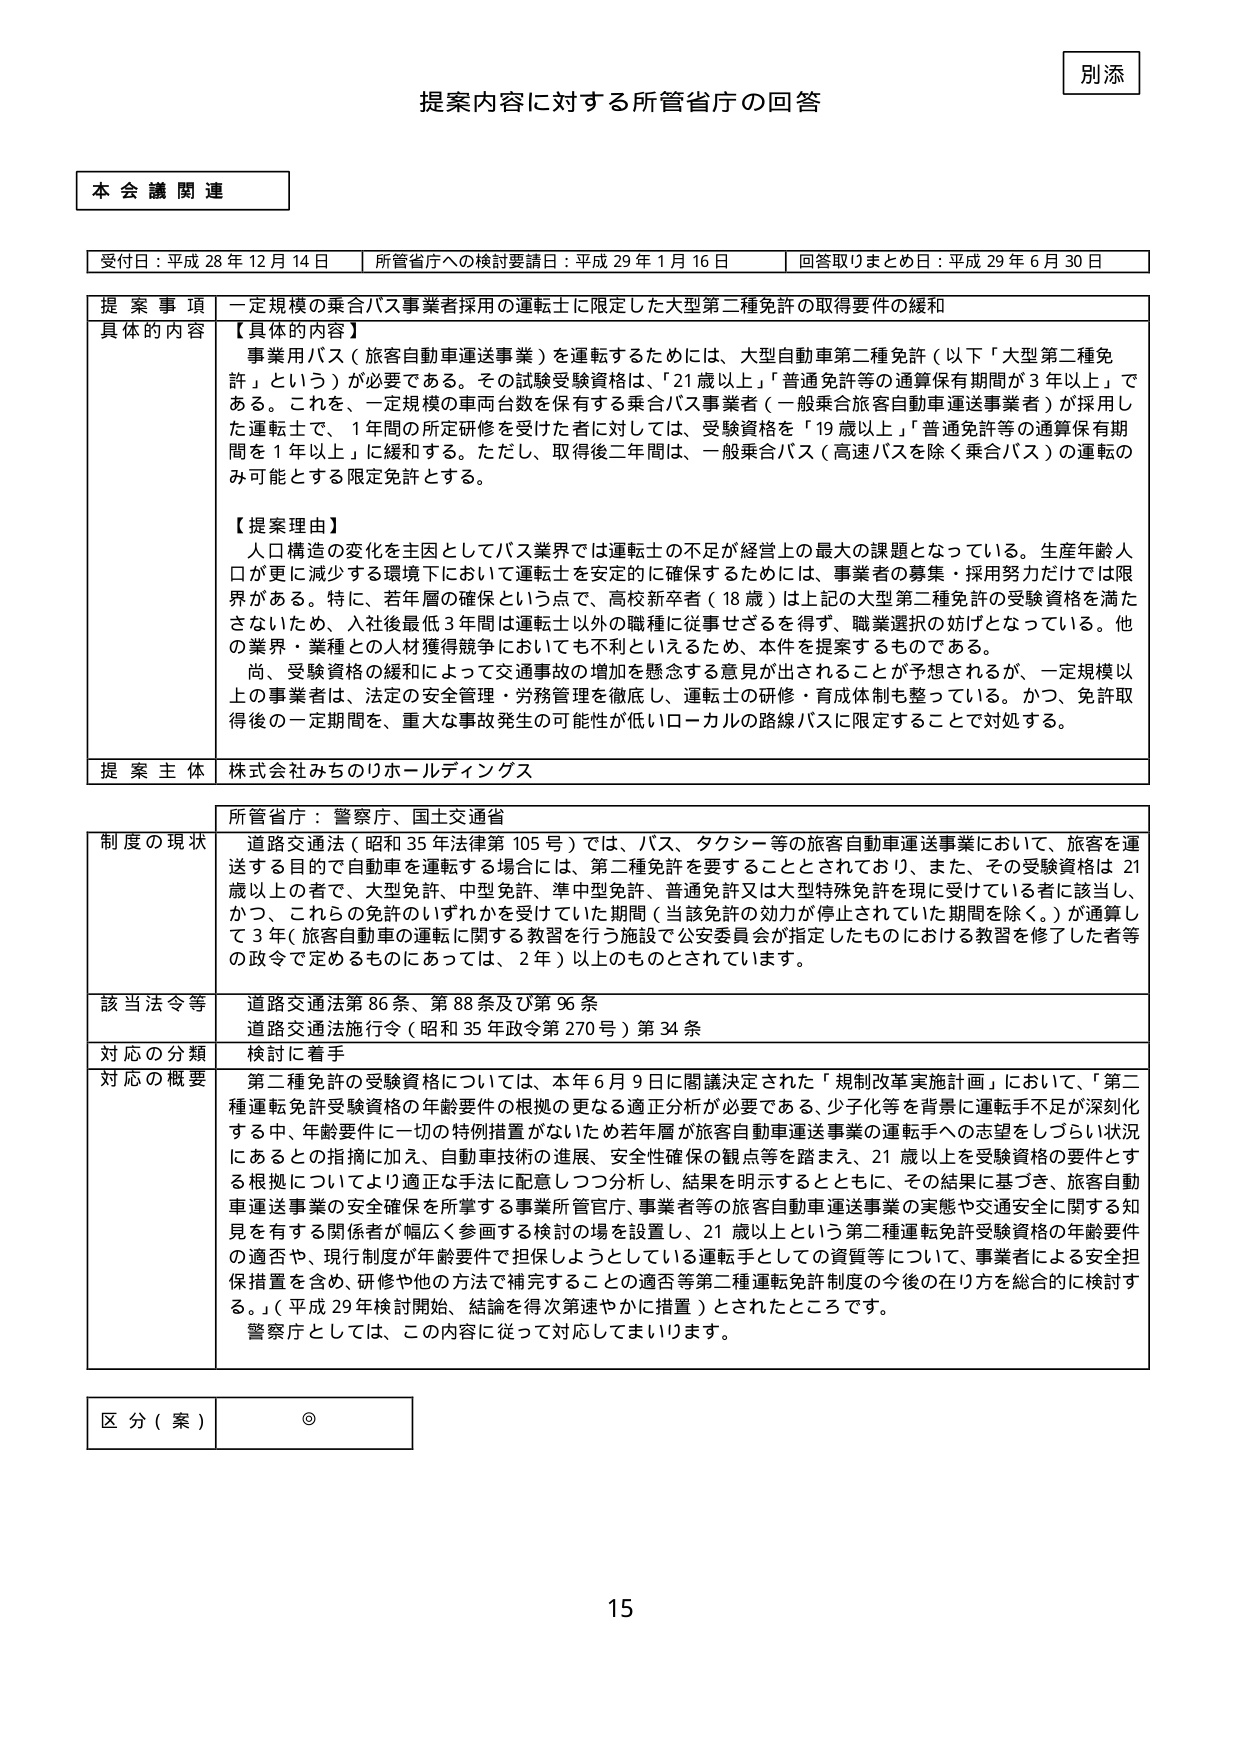
別添

提案内容に対する所管省庁の回答

本会議関連

受付日：平成28年12月14日　　所管省庁への検討要請日：平成29年1月16日　　回答取りまとめ日：平成29年6月30日

提案事項　一定規模の乗合バス事業者採用の運転士に限定した大型第二種免許の取得要件の緩和

具体的な内容　【具体的内容】
事業用バス（旅客自動車運送事業）を運転するためには、大型自動車第二種免許（以下「大型第二種免許」という）が必要である。その試験受験資格は、「21歳以上」「普通免許等の通算保有期間が3年以上」である。これを、一定規模の車両台数を保有する乗合バス事業者（一般乗合旅客自動車運送事業者）が採用した運転士で、1年間の所定研修を受けた者に対しては、受験資格を「19歳以上」「普通免許等の通算保有期間を1年以上」に緩和する。ただし、取得後二年間は、一般乗合バス（高速バスを除く乗合バス）の運転のみ可能とする限定免許とする。

【提案理由】
人口構造の変化を主因としてバス業界では運転士の不足が経営上の最大の課題となっている。生産年齢人口が更に減少する環境下において運転士を安定的に確保するために、事業者の募集・採用努力だけでは限界がある。特に、若年層の確保という点で、高校新卒者（18歳）は上記の大型第二種免許の受験資格を満たさないため、入社後最低3年間は運転士以外の職種に従事せざるを得ず、職業選択の妨げとなっている。他の業界・業種との人材獲得競争においても不利といえるため、本件を提案するものである。
尚、受験資格の緩和によって交通事故の増加を懸念する意見が出されることは予想されるが、一定規模以上の事業者は、法定の安全管理・労務管理を徹底し、運転士の研修・育成体制も整えている。かつ、免許取得後の一定期間を、重大な事故発生の可能性が低いローカルの路線バスに限定することで対処する。

提案主体　株式会社みちのりホールディングス

所管省庁：警察庁、国土交通省

制度の現状　道路交通法（昭和35年法律第105号）では、バス、タクシー等の旅客自動車運送事業において、旅客を運送する目的で自動車を運転する場合には、第二種免許を要することとされており、また、その受験資格は21歳以上の場合で、大型免許、中型免許、準中型免許、普通免許又は大型特殊免許を現に受けている者に該当しがつ、これらの免許のいずれかを受けていた期間（当該免許の効力が停止されていた期間を除く。）が通算して3年（旅客自動車の運転に関する教習を行う施設で公安委員会が指定したものにおける教習を修了した者等の政令で定めるものにあっては、2年）以上なものとされています。

該当法令等　道路交通法第86条、第88条及び第96条
道路交通法施行令（昭和35年政令第270号）第34条

対応の分類　検討に着手

対応の概要　第二種免許の受験資格については、本年6月9日に閣議決定された「規制改革実施計画」において、「第二種運転免許受験資格の年齢要件の根拠の更なる適正分析が必要である、少子化等を背景に運転手不足が深刻化する中、年齢要件に一切の特別措置がないため若年層が旅客自動車運送事業の運転手への志望をしづらい状況にあるとの指摘に加え、自動車技術の進展、安全性確保の観点等を踏まえ、21歳以上を受験資格の要件とする根拠についてより適正な手法に配意しつつ分析し、結果を明示するとともに、その結果に基づき、旅客自動車運送事業の安全確保を所掌する事業所管官庁、事業者等の旅客自動車運送事業の実態や交通安全に関する知見を有する関係者が幅広く参画する検討の場を設置し、21歳以上という第二種運転免許受験資格の年齢要件の適否や、現行制度が年齢要件で担保しようとしている運転手としての資質等について、事業者による安全担保措置を含め、研修や他の方法で補完することの適否等第二種運転免許制度の今後の在り方を総合的に検討する。」（平成29年検討開始、結論を得次第速やかに措置）とされたところです。
警察庁としては、この内容に従って対応してまいります。

区分（案）　◎

15